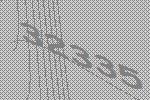
32335